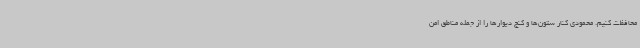
محافظت کنیم. محمودی کنار ستون‌ها و کنج دیوارها را از جمله مناطق امن